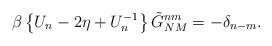
\begin{align*}\beta \left\{ U_n-2\eta +U_n^{-1}\right\} \tilde{G}_{NM}^{nm}=-\delta _{n-m}.\end{align*}